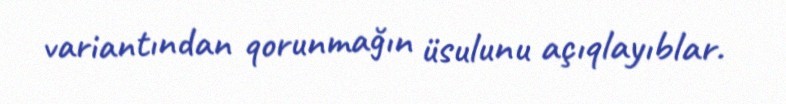
variantından qorunmağın üsulunu açıqlayıblar.